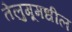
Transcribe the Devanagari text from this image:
तेलुगूमधील